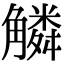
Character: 䚬